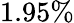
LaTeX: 1.95\%